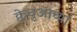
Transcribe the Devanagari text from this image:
क्वेचुआच्या